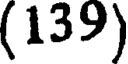
(139)